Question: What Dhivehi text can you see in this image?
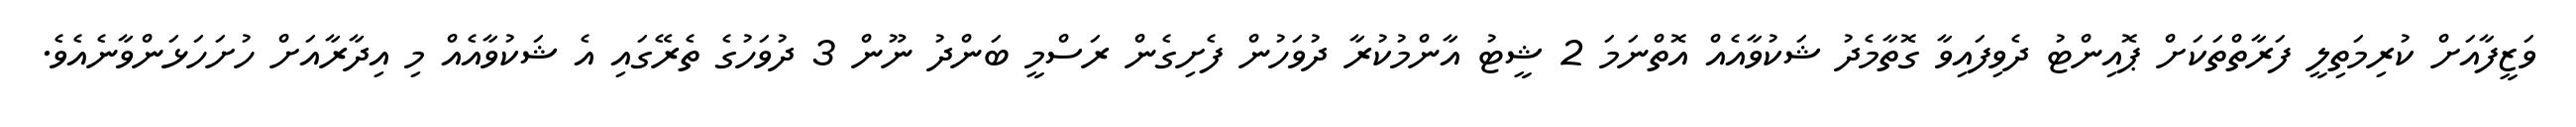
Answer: ވަޒީފާއަށް ކުރިމަތިލީ ފަރާތްތަކަށް ޕޮއިންޓު ދެވިފައިވާ ގޮތާމެދު ޝަކުވާއެއް އޮތްނަމަ 2 ޝީޓު އާންމުކުރާ ދުވަހުން ފެށިގެން ރަސްމީ ބަންދު ނޫން 3 ދުވަހުގެ ތެރޭގައި އެ ޝަކުވާއެއް މި އިދާރާއަށް ހުށަހަޅަންވާނެއެވެ.